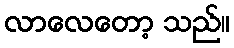
လာလေတော့ သည်။